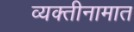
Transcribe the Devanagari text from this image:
व्यक्तीनामात